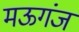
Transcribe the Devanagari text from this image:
मऊगंज